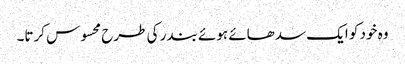
وہ خود کو ایک سدھائے ہوئے بندر کی طرح محسوس کرتا۔